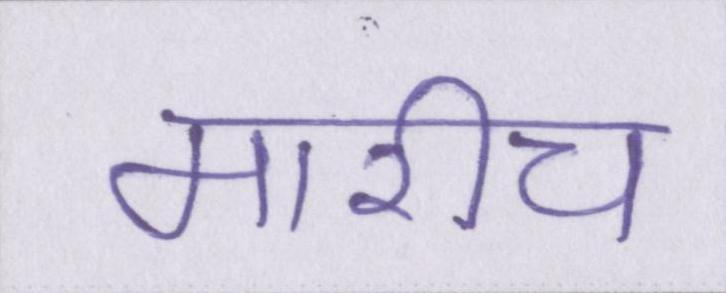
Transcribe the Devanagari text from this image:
मारीच